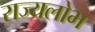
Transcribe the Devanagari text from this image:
राज्यलोभ